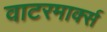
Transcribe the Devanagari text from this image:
वाटरमार्क्स